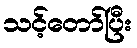
သင့်တော်ပြီး